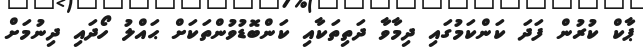
ޕާކް ކުރުން ފަދަ ކަންކަމުގައި ދިމާވާ ދަތިތަކާއި ކަންބޮޑުވުންތަކަށް ޙައްލު ހޯދައި ދިނުމަށް